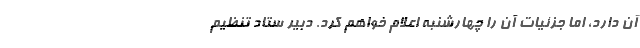
آن دارد، اما جزئیات آن را چهارشنبه اعلام خواهم کرد. دبیر ستاد تنظیم